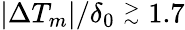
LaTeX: |\Delta T_{m}|/\delta_{0}\stackrel{>}{_\sim}1.7